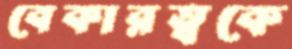
বেকারত্বকে